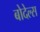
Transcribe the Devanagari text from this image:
बोदेल्स